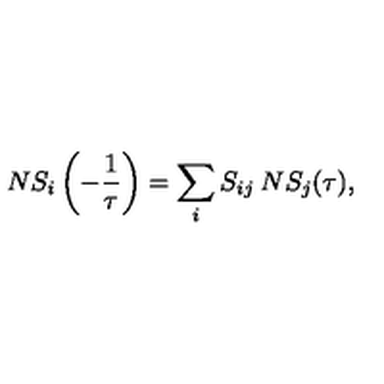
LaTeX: N S _ { i } \left( - { \frac { 1 } { \tau } } \right) = \sum _ { i } S _ { i j } \: N S _ { j } ( \tau ) ,